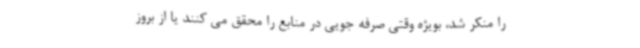
را منکر شد، بویژه وقتی صرفه جویی در منابع را محقق می کنند یا از بروز